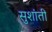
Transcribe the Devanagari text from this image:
सुशांती